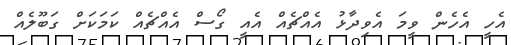
އެހީ އެހެން ވީމަ އެވިދާޅު އެއްޗެއް އެއީ ގޯސް އެއްޗެއް ކަމަކަށް ގަބޫލެއް